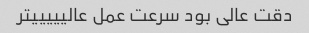
دقت عالی بود سرعت عمل عالیییییتر